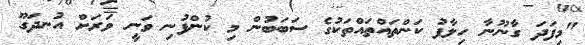
"މިފަދަ ގާނޫނާ ހިލާފު ކަންތައްތައްތަކުގެ ސަބަބުން މި ކުންފުނި ވަނީ ވަރަށް އުނދަގޫ